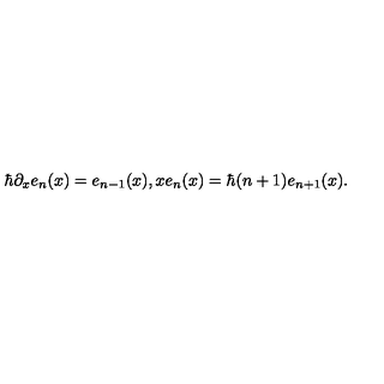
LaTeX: \hbar \partial _ { x } e _ { n } ( x ) = e _ { n - 1 } ( x ) , x e _ { n } ( x ) = \hbar ( n + 1 ) e _ { n + 1 } ( x ) .